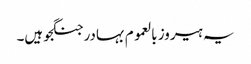
یہ ہیروز بالعموم بہادر جنگجو ہیں۔